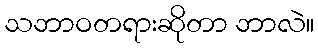
သဘာဝတရားဆိုတာ ဘာလဲ။